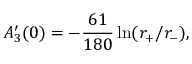
A _ { 3 } ^ { \prime } ( 0 ) = - { \frac { 6 1 } { 1 8 0 } } \ln ( r _ { + } / r _ { - } ) ,